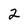
Character: 2